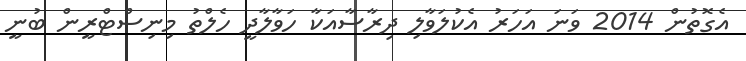
އެގޮތުން 2014 ވަނަ އަހަރު އެކުލަވާލި ދިރާސާއަކާ ހަވާލާދީ ހެލްތު މިނިސްޓްރީން ބުނީ